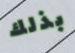
بذلك